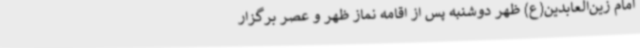
امام زین‌العابدین(ع) ظهر دوشنبه پس از اقامه نماز ظهر و عصر برگزار